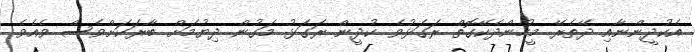
އެކުދީންނާއި ދޭތެރޭ މީހުންދެކޭގޮތް ރަގަޅުވެ ކުދީން ރަގަޅު މަގުން ދިޔުމަށް ބާރަކަށްވެސް ވެއެވެ.